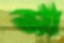
আ